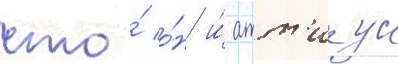
что́ о́н и́ атт'икус